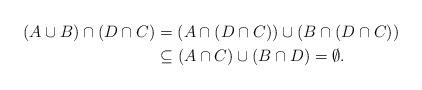
LaTeX: \begin{align*}(A\cup B)\cap (D\cap C) &= (A\cap(D\cap C))\cup (B\cap(D\cap C))\\& \subseteq (A\cap C)\cup(B\cap D)=\emptyset. \\\end{align*}